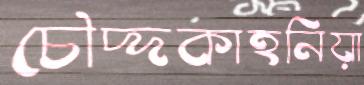
চৌদ্দকাহনিয়া